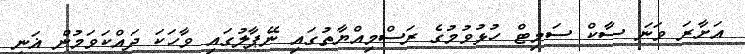
އަށާރަ ވަނަ ސާކް ސަމިޓް ހުޅުވުމުގެ ރަސްމިއްޔާތުގައި ނޭޕާލުގައި ވާހަކަ ދައްކަވަމުން ޣަނީ